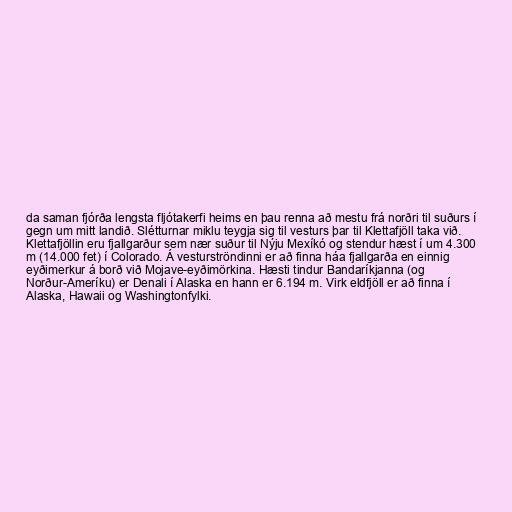
da saman fjórða lengsta fljótakerfi heims en þau renna að mestu frá norðri til suðurs í
gegn um mitt landið. Slétturnar miklu teygja sig til vesturs þar til Klettafjöll taka við.
Klettafjöllin eru fjallgarður sem nær suður til Nýju Mexíkó og stendur hæst í um 4.300
m (14.000 fet) í Colorado. Á vesturströndinni er að finna háa fjallgarða en einnig
eyðimerkur á borð við Mojave-eyðimörkina. Hæsti tindur Bandaríkjanna (og
Norður-Ameríku) er Denali í Alaska en hann er 6.194 m. Virk eldfjöll er að finna í
Alaska, Hawaii og Washingtonfylki.